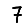
Digit: 7